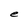
Character: e